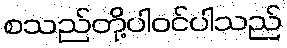
စသည်တို့ပါဝင်ပါသည်